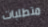
متطلبات